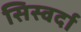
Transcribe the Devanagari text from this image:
सिस्वर्दा